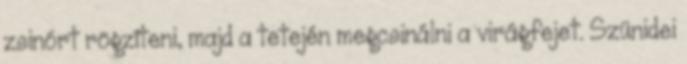
zsinórt rögzíteni, majd a tetején megcsinálni a virágfejet. Szünidei